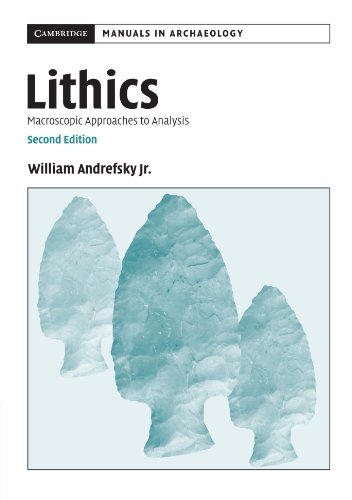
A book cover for Lithics: Macroscopic Approaches to Analysis (Cambridge Manuals in Archaeology); William Andrefsky  Jr; History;